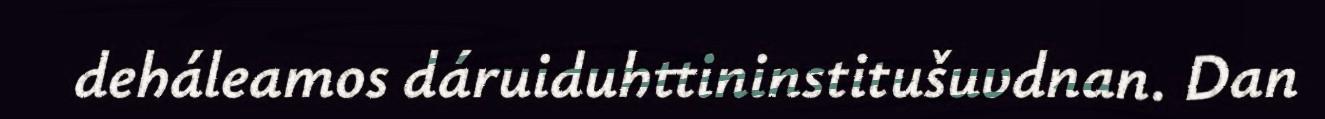
deháleamos dáruiduhttininstitušuvdnan. Dan